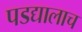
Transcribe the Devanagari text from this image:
पडद्यालाच